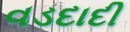
વડદાદી